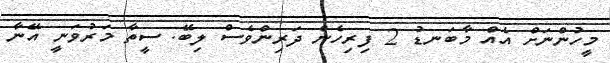
މީހުންނަށް އެއް މާބަނޑު 2 ފިރިހެން ދަރިންވެސް ލިބޭ. ސީތާ މަރުވަނީ އޭނާ